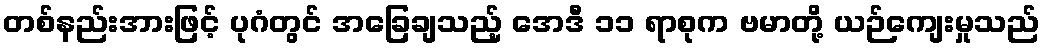
တစ်နည်းအားဖြင့် ပုဂံတွင် အခြေချသည့် အေဒီ ၁၁ ရာစုက ဗမာတို့ ယဉ်ကျေးမှုသည်